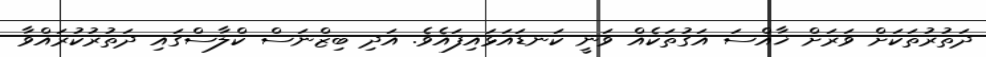
ދަތުރުތަކަށް ވަރަށް ޚާއްސަ އަގުތަކެއް ވަނީ ކަނޑައަޅައިފައެވެ. އަދި ބިޒްނަސް ކްލާސްގައި ދަތުރުކުރައްވާ